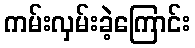
ကမ်းလှမ်းခဲ့ကြောင်း